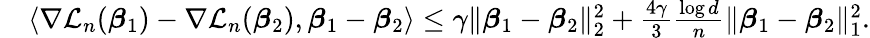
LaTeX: \begin{array}{rl}&{\langle\nabla{\mathcal L}_{n}({\boldsymbol{\beta}}_{1})-\nabla{\mathcal L}_{n}({\boldsymbol{\beta}}_{2}),{\boldsymbol{\beta}}_{1}-{\boldsymbol{\beta}}_{2}\rangle\leq\gamma\| {\boldsymbol{\beta}}_{1}-{\boldsymbol{\beta}}_{2}\| _{2}^{2}+\frac{4\gamma}{3}\frac{\log d}{n}\| {\boldsymbol{\beta}}_{1}-{\boldsymbol{\beta}}_{2}\| _{1}^{2}.}\end{array}